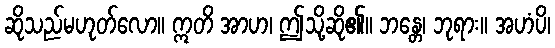
ဆိုသည်မဟုတ်လော။ ဣတိ အာဟ၊ ဤသို့ဆို၏။ ဘန္တေ၊ ဘုရား။ အဟံပိ၊